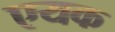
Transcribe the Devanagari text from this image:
एयक